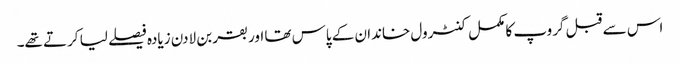
اس سے قبل گروپ کا مکمل کنٹرول خاندان کے پاس تھا اور بقر بن لادن زیادہ فیصلے لیا کرتے تھے۔